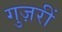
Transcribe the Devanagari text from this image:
गुज़रीं